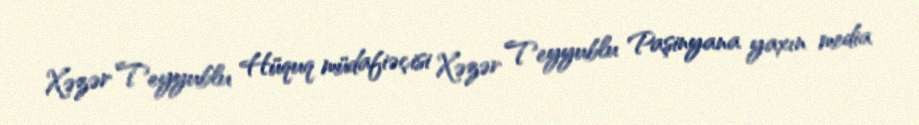
Xəzər Teyyublu Hüquq müdafiəçisi Xəzər Teyyublu Paşinyana yaxın media